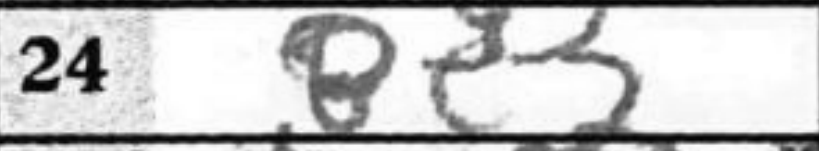
Transcription: Be5